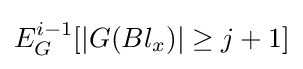
E_{G}^{i-1}[|G(Bl_{x})|\geq j+1]